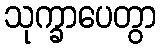
သုက္ခာပေတွာ